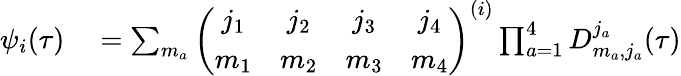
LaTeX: \begin{array}{rl}{\psi_{i}(\tau)}&{{}=\sum_{m_{a}}\left(\begin{array}{cccc}{j_{1}}&{j_{2}}&{j_{3}}&{j_{4}}\\ {m_{1}}&{m_{2}}&{m_{3}}&{m_{4}}\end{array}\right)^{(i)}\prod_{a=1}^{4}D_{m_{a},j_{a}}^{j_{a}}(\tau)}\end{array}